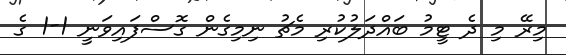
މިރޭ މި ދެ ޓީމު ބައްދަލުކުރި މެޗު ނިމިގެން ގޮސްފައިވަނީ 1-1 ގެ